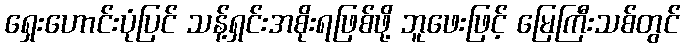
ရှေးဟောင်းပုံပြင် သန့်ရှင်းအစိုးရဖြစ်ဖို့ ဘူဖေးဖြင့် မြေကြီးသစ်တွင်